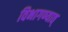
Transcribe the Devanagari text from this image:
विभागण्यात्